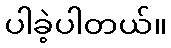
ပါခဲ့ပါတယ်။